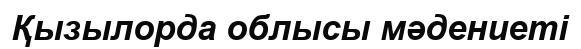
Қызылорда облысы мәдениеті